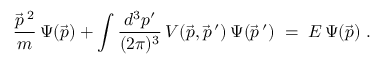
\frac { \vec { p } \, ^ { 2 } } { m } \, \Psi ( \vec { p } ) + \int \frac { d ^ { 3 } p ^ { \prime } } { ( 2 \pi ) ^ { 3 } } \, V ( \vec { p } , \vec { p } \, ^ { \prime } ) \, \Psi ( \vec { p } \, ^ { \prime } ) \; = \; E \, \Psi ( \vec { p } ) \; .